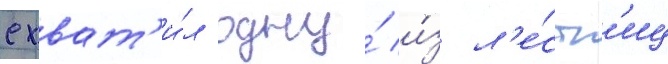
схват'и́л одну́ и́з л'е́стн'иц